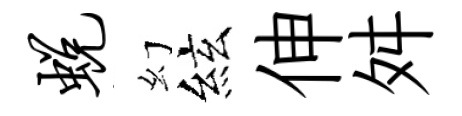
蜕幻絃伸舛